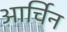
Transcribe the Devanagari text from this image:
आर्चिन